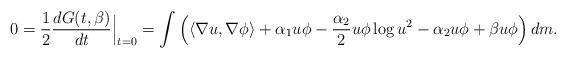
LaTeX: \begin{align*} 0 = \frac{1}{2}\frac{dG(t, \beta)}{dt}\Big|_{t=0} = \int \left(\langle \nabla u, \nabla \phi \rangle + \alpha_1 u \phi - \frac{\alpha_2}{2} u\phi \log u^2 - \alpha_2 u\phi + \beta u \phi \right) dm. \end{align*}